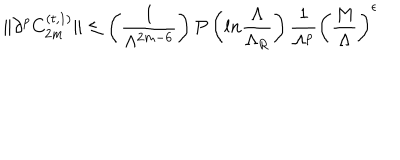
\| \partial ^ { p } C _ { 2 m } ^ { ( t , 1 ) } \| \leq \left( { \frac { 1 } { \Lambda ^ { 2 m - 6 } } } \right) P \left( l n { \frac { \Lambda } { \Lambda _ { R } } } \right) { \frac { 1 } { \Lambda ^ { p } } } \left( { \frac { M } { \Lambda } } \right) ^ { \epsilon }